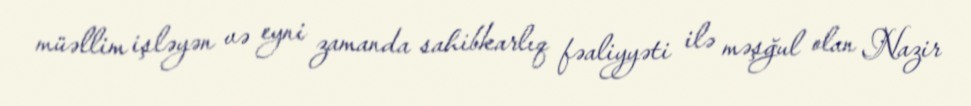
müəllim işləyən və eyni zamanda sahibkarlıq fəaliyyəti ilə məşğul olan Nazir